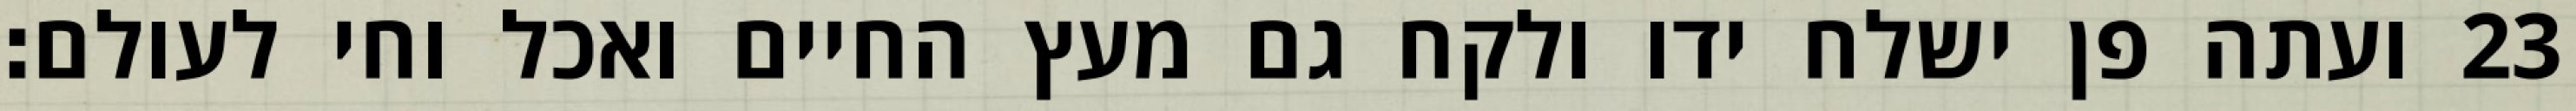
ועתה פן ישלח ידו ולקח גם מעץ החיים ואכל וחי לעולם׃ ‎23‏